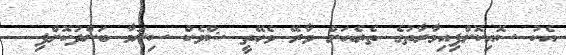
އެކު ސޮއިކޮށްފިއިމާރާތުގެ ތެރެއަށް ވާރޭ ވެހޭތީ ޝްވެކް ސިނަމާ ބަންދުކޮށްފި